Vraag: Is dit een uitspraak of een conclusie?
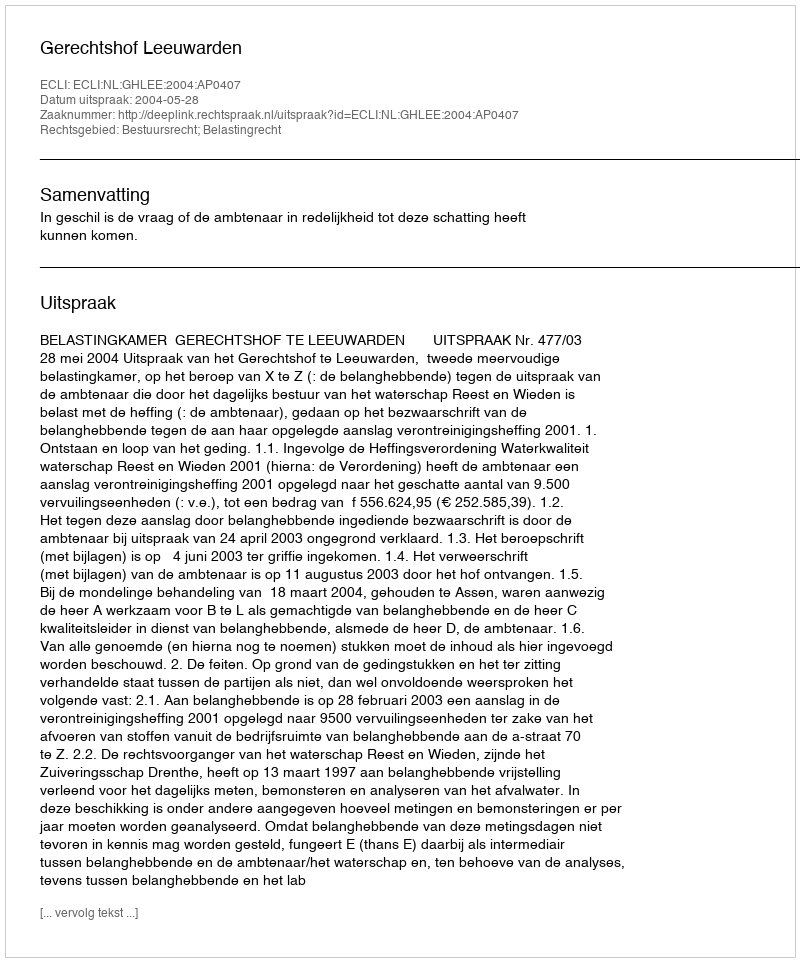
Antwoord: Uitspraak